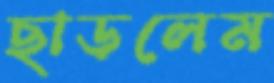
ছাড়লেম